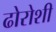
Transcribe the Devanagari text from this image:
ढोरोशी